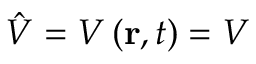
{ \hat { V } } = V \left( \mathbf { r } , t \right) = V \,